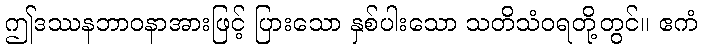
ဤဒဿနဘာဝနာအားဖြင့် ပြားသော နှစ်ပါးသော သတိသံဝရတို့တွင်။ ဧကံ